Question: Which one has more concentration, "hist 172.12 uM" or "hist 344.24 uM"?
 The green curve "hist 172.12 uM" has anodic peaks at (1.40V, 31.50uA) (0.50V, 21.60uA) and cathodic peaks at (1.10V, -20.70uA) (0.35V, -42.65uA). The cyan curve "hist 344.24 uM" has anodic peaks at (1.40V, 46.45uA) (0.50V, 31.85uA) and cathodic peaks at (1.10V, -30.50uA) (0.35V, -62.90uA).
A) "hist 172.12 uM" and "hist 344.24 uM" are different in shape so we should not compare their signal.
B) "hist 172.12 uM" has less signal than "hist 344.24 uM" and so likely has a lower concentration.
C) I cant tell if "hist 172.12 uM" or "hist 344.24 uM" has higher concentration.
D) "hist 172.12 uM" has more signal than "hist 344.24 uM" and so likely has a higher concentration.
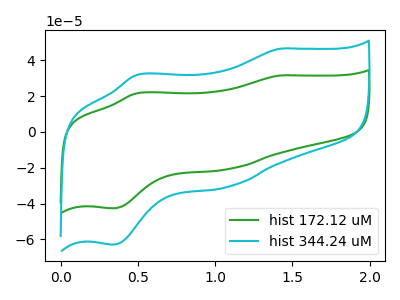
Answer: <think>All the peaks in "hist 172.12 uM" have a peak in "hist 344.24 uM" at the same potential. Every peak in "hist 172.12 uM" is lower than every peak in "hist 344.24 uM".
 </think>
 <answer>B) "hist 172.12 uM" has less signal than "hist 344.24 uM" and so likely has a lower concentration.</answer>
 <eval>B</eval>